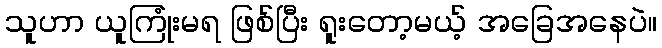
သူဟာ ယူကြုံးမရ ဖြစ်ပြီး ရူးတော့မယ့် အခြေအနေပဲ။